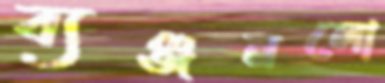
ব্যঞ্জনলো